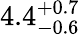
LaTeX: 4.4_{-0.6}^{+0.7}